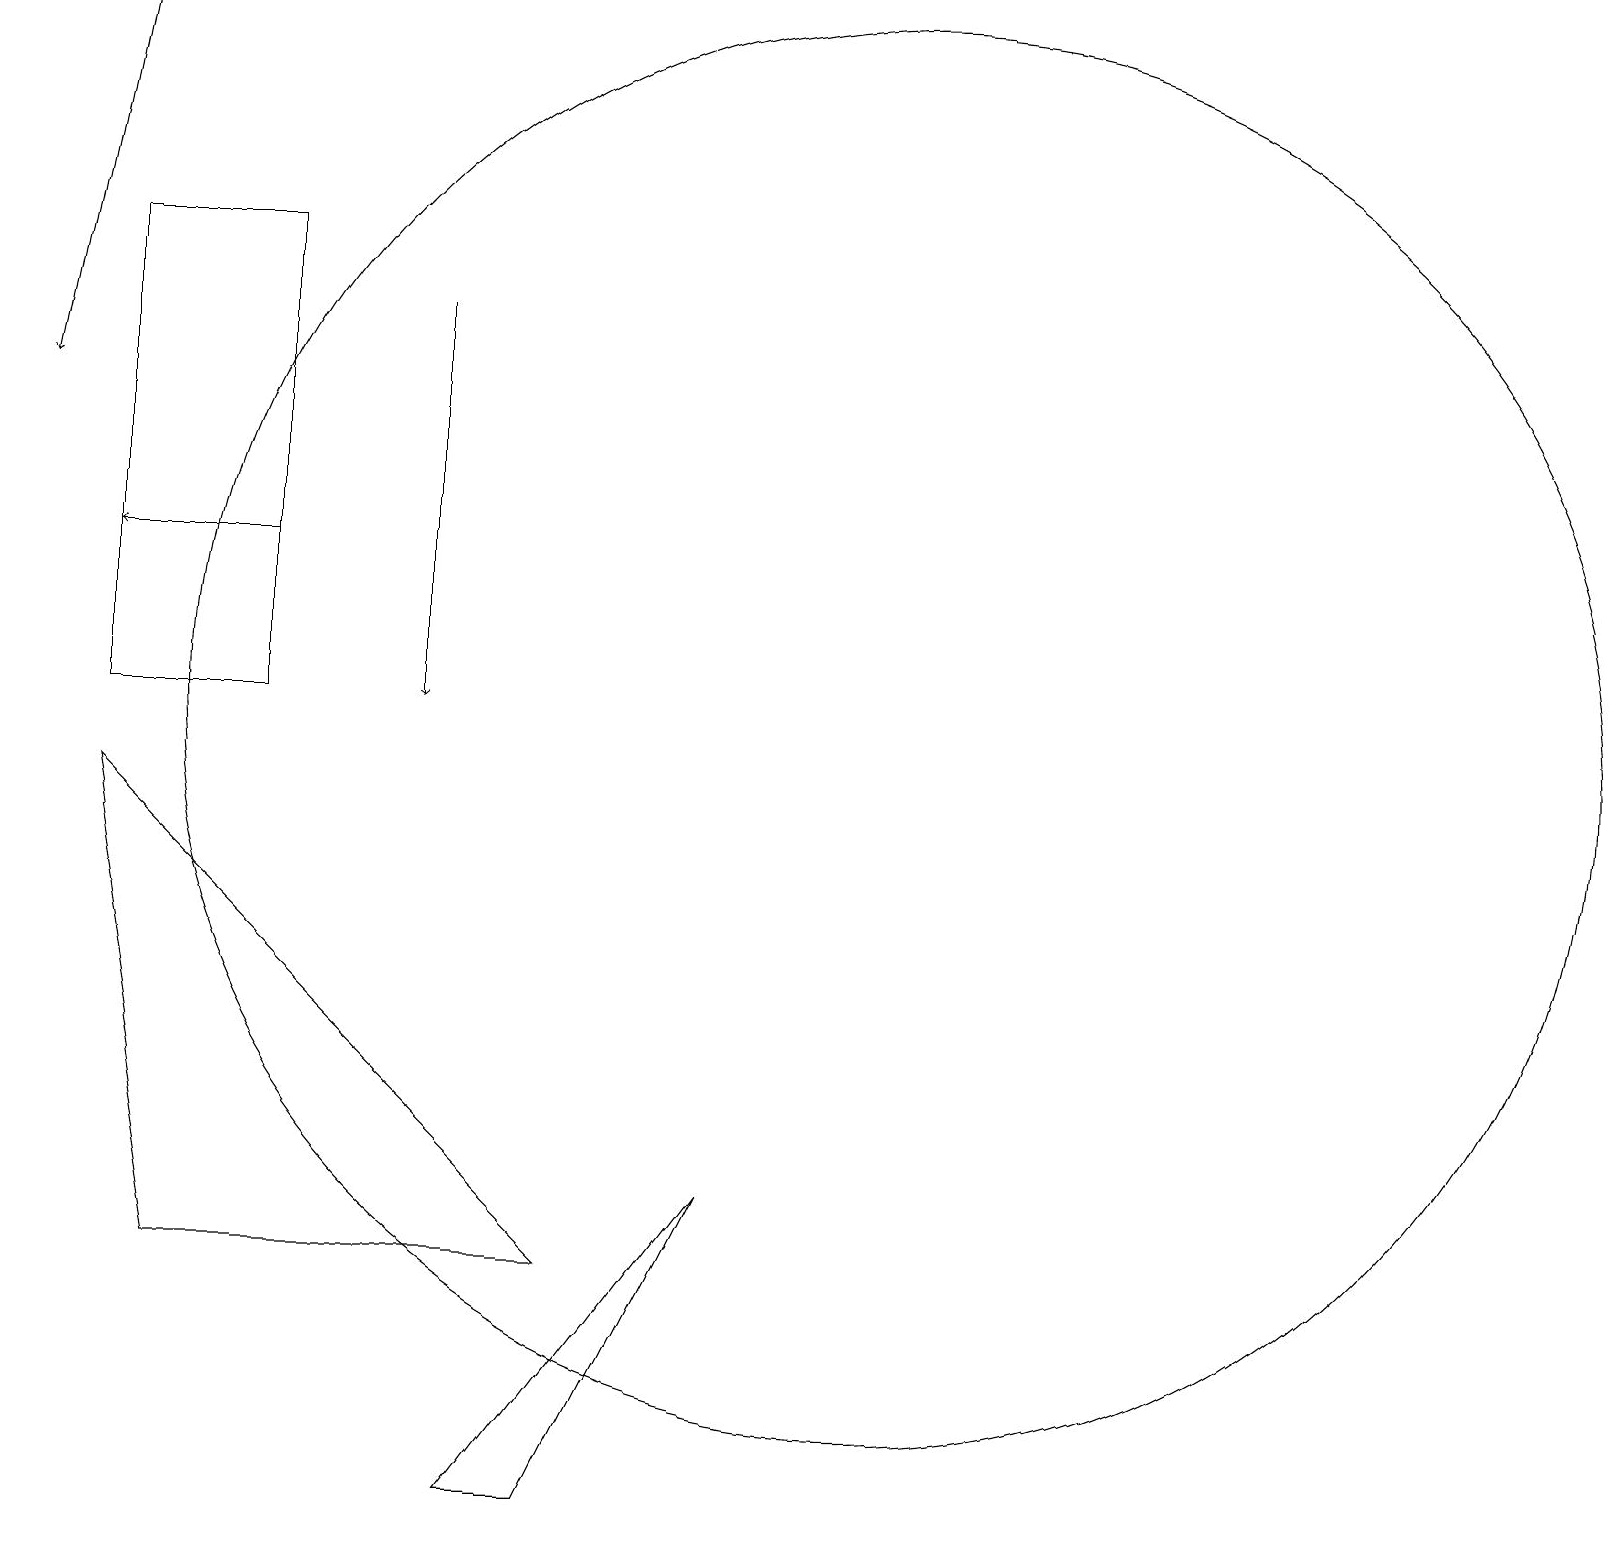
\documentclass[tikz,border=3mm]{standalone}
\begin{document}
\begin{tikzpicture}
\draw (1,16) rectangle (3,10);
\draw (11,11) circle (0);
\draw[->] (5,15) -- (5,10);
\draw (11,10) circle (9);
\draw[->] (3,12) -- (1,12);
\draw (6,0) -- (9,4) -- (7,0) -- cycle;
\draw[->] (1,19) -- (0,14);
\draw (1,9) -- (7,3) -- (2,3) -- cycle;
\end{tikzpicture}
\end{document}